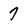
Character: 7